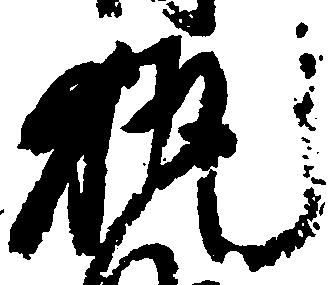
執